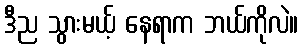
ဒီည သွားမယ့် နေရာက ဘယ်ကိုလဲ။